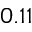
0 . 1 1